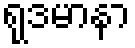
ရုဒမာနာ